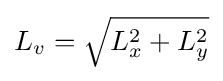
L_{v}={\sqrt {L_{x}^{2}+L_{y}^{2}}}